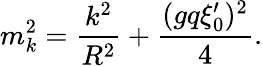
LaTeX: m_{k}^{2}={\frac{k^{2}}{R^{2}}}+{\frac{(gq\xi_{0}^{\prime})^{2}}{4}}.